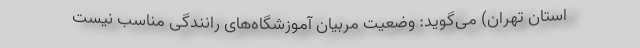
استان تهران) می‌گوید: وضعیت مربیان آموزشگاه‌های رانندگی مناسب نیست